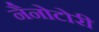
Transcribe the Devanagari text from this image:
नैनोटोरी